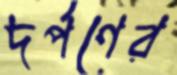
দর্পণের